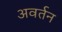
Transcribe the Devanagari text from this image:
अवर्तन